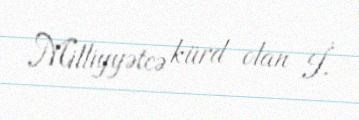
Milliyyətcə kürd olan İ.